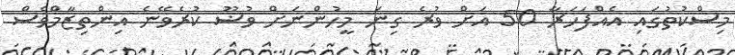
މިސްކުތުގައި އެއްފަހަރާ 50 އަށް ވުރެ ގިނަ މީހުންނަށް ވުޟޫ ކުރެވޭނެ އިންތިޒާމްވެސް